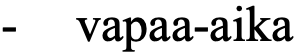
- vapaa-aika